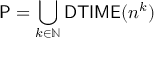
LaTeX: { \mathsf { P } } = \bigcup _ { k \in \mathbb { N } } { \mathsf { D T I M E } } ( n ^ { k } )